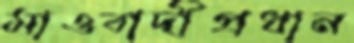
মাওবাদীপ্রধান